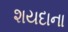
શયદાના